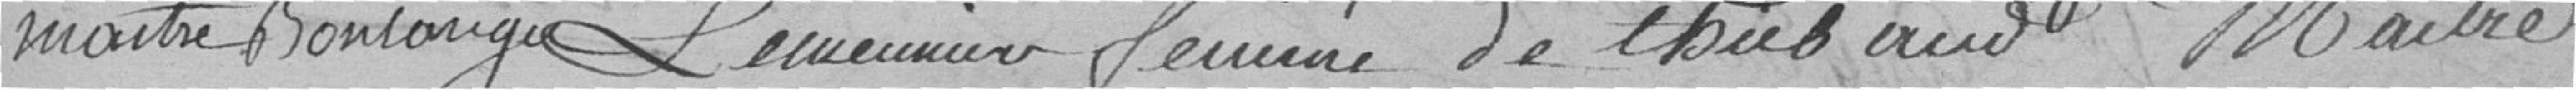
maitre boulanger   Le meunier femme de Thibaud Maitre.